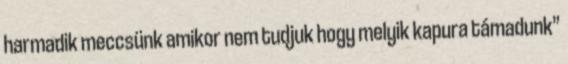
harmadik meccsünk amikor nem tudjuk hogy melyik kapura támadunk”